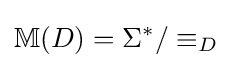
\mathbb {M} (D)=\Sigma ^{*}/\equiv _{D}